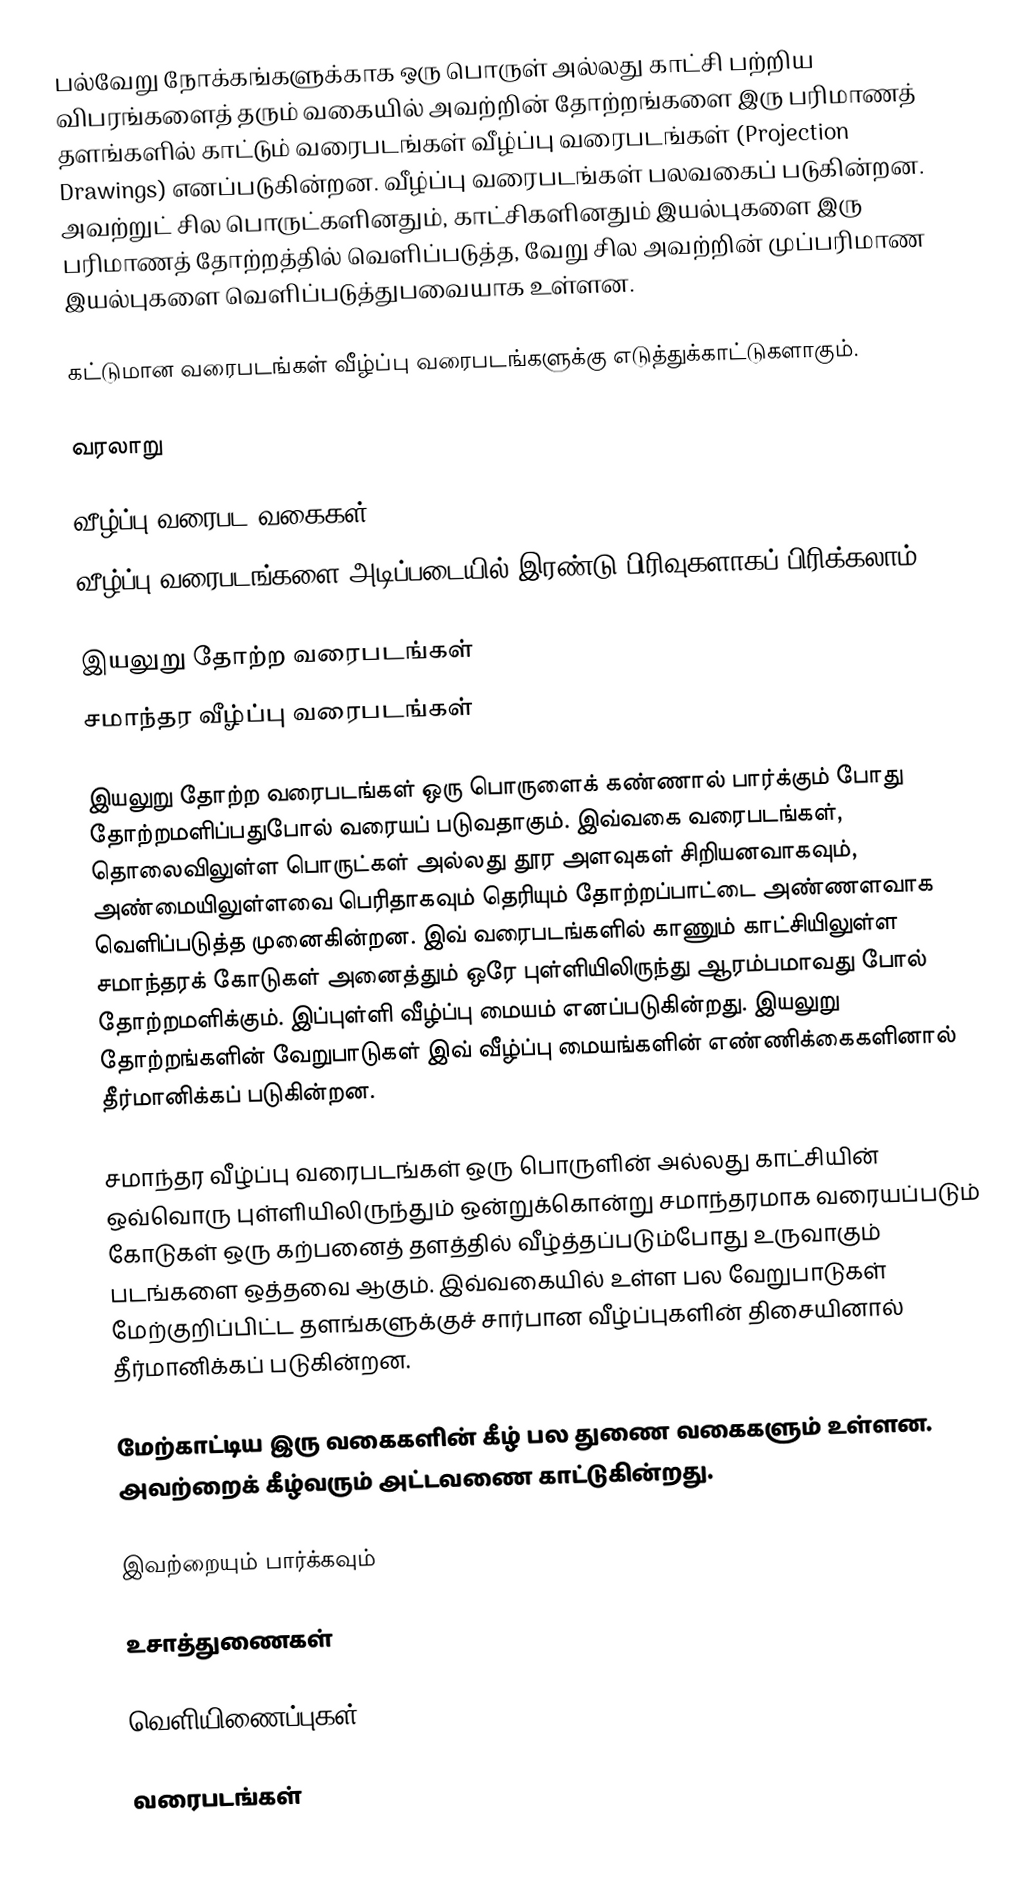
பல்வேறு நோக்கங்களுக்காக ஒரு பொருள் அல்லது காட்சி பற்றிய விபரங்களைத் தரும் வகையில் அவற்றின் தோற்றங்களை இரு பரிமாணத் தளங்களில் காட்டும் வரைபடங்கள் வீழ்ப்பு வரைபடங்கள் (Projection Drawings) எனப்படுகின்றன. வீழ்ப்பு வரைபடங்கள் பலவகைப் படுகின்றன. அவற்றுட் சில பொருட்களினதும், காட்சிகளினதும் இயல்புகளை இரு பரிமாணத் தோற்றத்தில் வெளிப்படுத்த, வேறு சில அவற்றின் முப்பரிமாண இயல்புகளை வெளிப்படுத்துபவையாக உள்ளன.

கட்டுமான வரைபடங்கள் வீழ்ப்பு வரைபடங்களுக்கு எடுத்துக்காட்டுகளாகும்.

வரலாறு

வீழ்ப்பு வரைபட வகைகள்
வீழ்ப்பு வரைபடங்களை அடிப்படையில் இரண்டு பிரிவுகளாகப் பிரிக்கலாம்.

 இயலுறு தோற்ற வரைபடங்கள்
 சமாந்தர வீழ்ப்பு வரைபடங்கள்

இயலுறு தோற்ற வரைபடங்கள் ஒரு பொருளைக் கண்ணால் பார்க்கும் போது தோற்றமளிப்பதுபோல் வரையப் படுவதாகும். இவ்வகை வரைபடங்கள், தொலைவிலுள்ள பொருட்கள் அல்லது தூர அளவுகள் சிறியனவாகவும், அண்மையிலுள்ளவை பெரிதாகவும் தெரியும் தோற்றப்பாட்டை அண்ணளவாக வெளிப்படுத்த முனைகின்றன. இவ் வரைபடங்களில் காணும் காட்சியிலுள்ள சமாந்தரக் கோடுகள் அனைத்தும் ஒரே புள்ளியிலிருந்து ஆரம்பமாவது போல் தோற்றமளிக்கும். இப்புள்ளி வீழ்ப்பு மையம் எனப்படுகின்றது. இயலுறு தோற்றங்களின் வேறுபாடுகள் இவ் வீழ்ப்பு மையங்களின் எண்ணிக்கைகளினால் தீர்மானிக்கப் படுகின்றன.

சமாந்தர வீழ்ப்பு வரைபடங்கள் ஒரு பொருளின் அல்லது காட்சியின் ஒவ்வொரு புள்ளியிலிருந்தும் ஒன்றுக்கொன்று சமாந்தரமாக வரையப்படும் கோடுகள் ஒரு கற்பனைத் தளத்தில் வீழ்த்தப்படும்போது உருவாகும் படங்களை ஒத்தவை ஆகும். இவ்வகையில் உள்ள பல வேறுபாடுகள் மேற்குறிப்பிட்ட தளங்களுக்குச் சார்பான வீழ்ப்புகளின் திசையினால் தீர்மானிக்கப் படுகின்றன.

மேற்காட்டிய இரு வகைகளின் கீழ் பல துணை வகைகளும் உள்ளன. அவற்றைக் கீழ்வரும் அட்டவணை காட்டுகின்றது.

இவற்றையும் பார்க்கவும்

உசாத்துணைகள்

வெளியிணைப்புகள்

வரைபடங்கள்